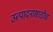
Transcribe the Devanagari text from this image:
उत्पादनासाठीच